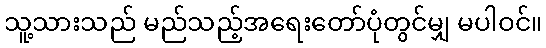
သူ့သားသည် မည်သည့်အရေးတော်ပုံတွင်မျှ မပါဝင်။